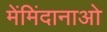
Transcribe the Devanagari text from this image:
मेंमिंदानाओ